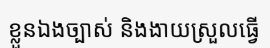
ខ្លួនឯងច្បាស់ និងងាយស្រួលធ្វើ